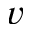
v